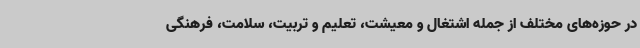
در حوزه‌های مختلف از جمله اشتغال و معیشت، تعلیم و تربیت، سلامت، فرهنگی